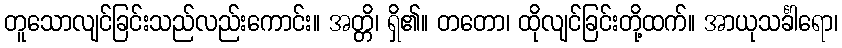
တူသောလျင်ခြင်းသည်လည်းကောင်း။ အတ္တိ၊ ရှိ၏။ တတော၊ ထိုလျင်ခြင်းတို့ထက်။ အာယုသင်္ခါရော၊